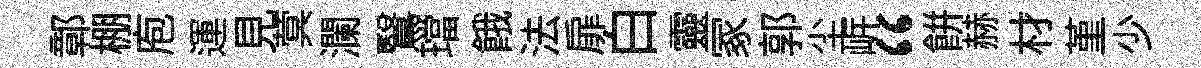
鄣棚庖運見蓂瀾鷖璫餓法扉白靈冢郭尘㟁“餅赫材堇少